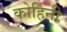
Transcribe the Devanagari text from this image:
कोहिनी